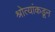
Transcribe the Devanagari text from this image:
श्रोत्यांकडून